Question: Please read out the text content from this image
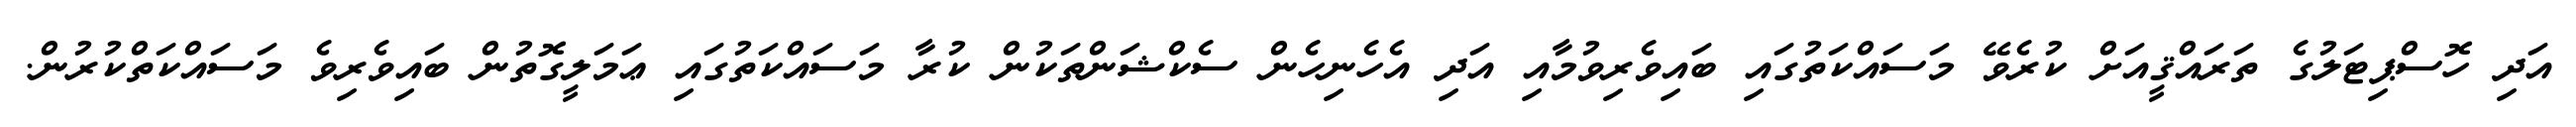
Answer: އަދި ހޮސްޕިޓަލުގެ ތަރައްޤީއަށް ކުރެވޭ މަސައްކަތުގައި ބައިވެރިވުމާއި އަދި އެހެނިހެން ސެކްޝަންތަކުން ކުރާ މަސައްކަތުގައި ޢަމަލީގޮތުން ބައިވެރިވެ މަސައްކަތްކުރުން.